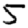
Digit: 5